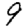
Digit: 9